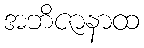
အဘိဇာနာထ